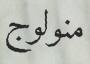
منولوج